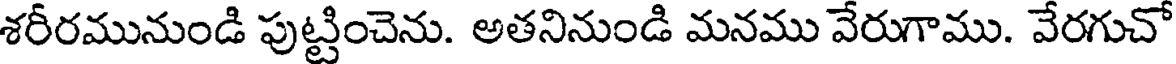
శరీరమునుండి పుట్టించెను. అతనినుండి మనము వేరుగాము. వేరగుచో